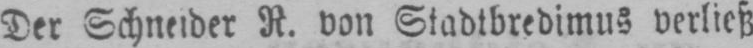
Der Schneider R. von Stadtbredimus verließ